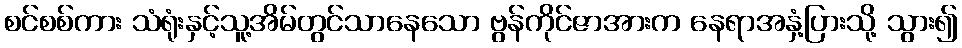
စင်စစ်ကား သံရုံးနှင့်သူ့အိမ်တွင်သာနေသော ဗွန်ကိုင်ဇာအားက နေရာအနှံ့ပြားသို့ သွား၍